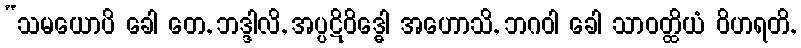
“သမယောပိ ခေါ တေ, ဘဒ္ဒါလိ, အပ္ပဋိဝိဒ္ဓေါ အဟောသိ, ဘဂဝါ ခေါ သာဝတ္ထိယံ ဝိဟရတိ,